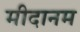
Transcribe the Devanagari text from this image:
मीदानम